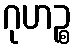
ဂုဟဉ္စ